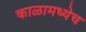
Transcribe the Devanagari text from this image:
काळामध्येच